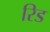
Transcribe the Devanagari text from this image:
रिड